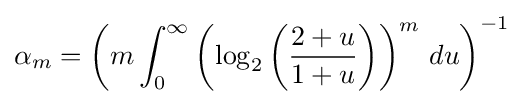
\alpha _{m}=\left(m\int _{0}^{\infty }\left(\log _{2}\left({\frac {2+u}{1+u}}\right)\right)^{m}\,du\right)^{-1}